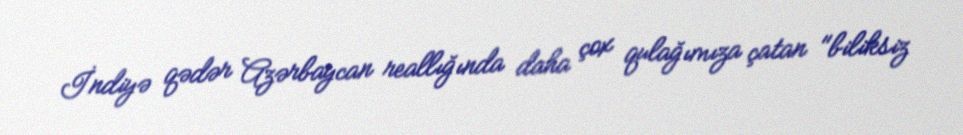
İndiyə qədər Azərbaycan reallığında daha çox qulağımıza çatan "biliksiz